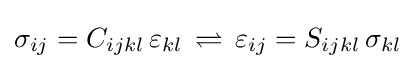
\sigma _{ij}=C_{ijkl}\,\varepsilon _{kl}\,\rightleftharpoons \,\varepsilon _{ij}=S_{ijkl}\,\sigma _{kl}